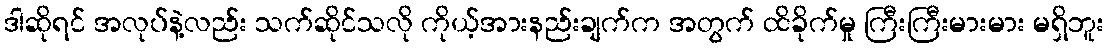
ဒါဆိုရင် အလုပ်နဲ့လည်း သက်ဆိုင်သလို ကိုယ့်အားနည်းချက်က အတွက် ထိခိုက်မှု ကြီးကြီးမားမား မရှိဘူး